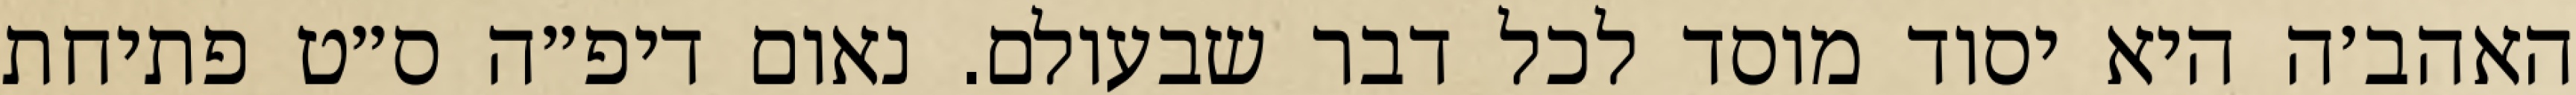
האהב׳ה היא יסוד מוסד לכל דבר שבעולם. נאום דיפ״ה ס״ט פתיחת